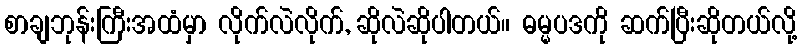
စာချဘုန်းကြီးအထံမှာ လိုက်လဲလိုက်, ဆိုလဲဆိုပါတယ်။ ဓမ္မပဒကို ဆက်ပြီးဆိုတယ်လို့